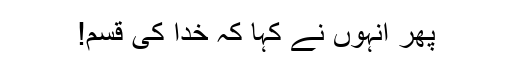
پھر انہوں نے کہا کہ خدا کی قسم!